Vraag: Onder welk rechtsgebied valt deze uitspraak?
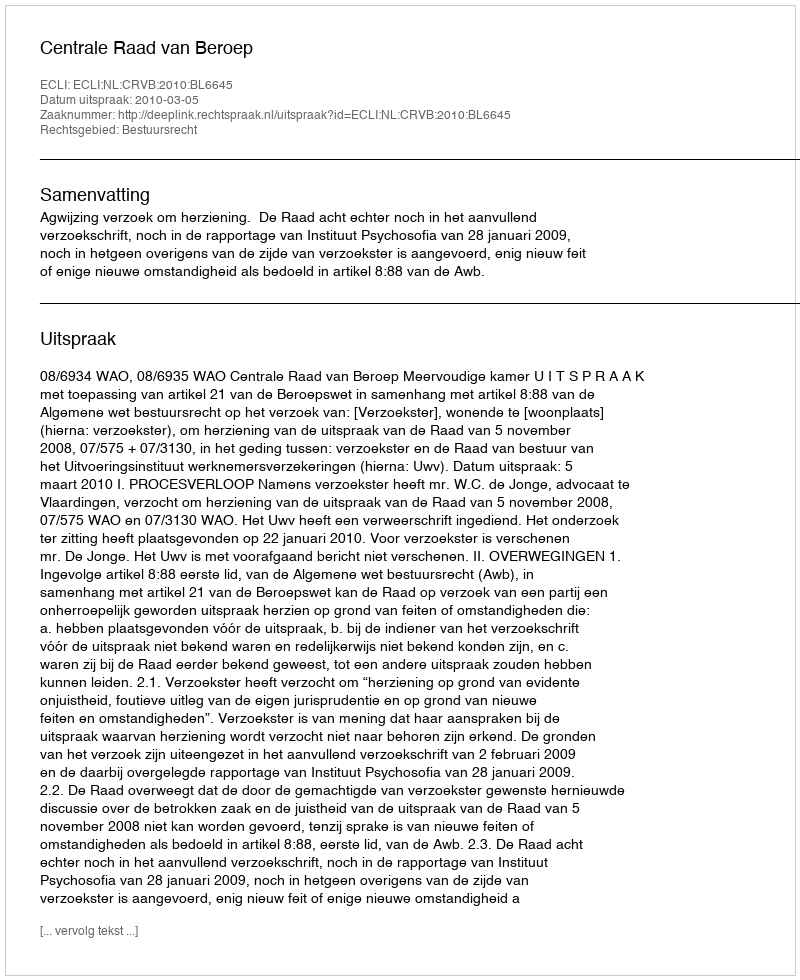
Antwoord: Bestuursrecht